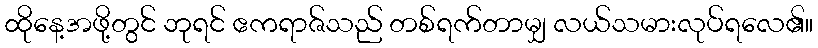
ထိုနေ့အဖို့တွင် ဘုရင် ဧကရာဇ်သည် တစ်ရက်တာမျှ လယ်သမားလုပ်ရလေ၏။